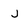
Character: j